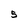
Character: 5